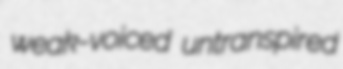
weak-voiced untranspired